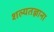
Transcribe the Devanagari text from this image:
शल्यतज्ञाना